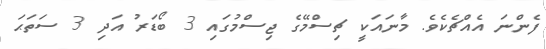
ފެންނަ އެއްޗެކެވެ. މާނަައަކީ ޗިސްމޭގެ ޖިސްމުގައި 3 ބޯޑަރު އަދި 3 ސަތަޙަ